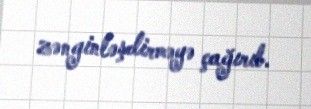
zənginləşdirməyə çağırıb.